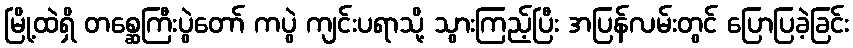
မြို့ထဲရှိ တစ္ဆေကြီးပွဲတော် ကပွဲ ကျင်းပရာသို့ သွားကြည့်ပြီး အပြန်လမ်းတွင် ပြောပြခဲ့ခြင်း